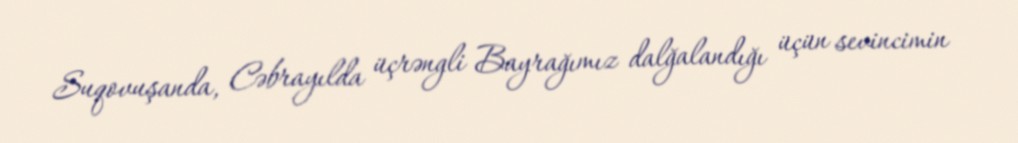
Suqovuşanda, Cəbrayılda üçrəngli Bayrağımız dalğalandığı üçün sevincimin